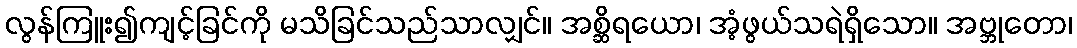
လွန်ကြူး၍ကျင့်ခြင်ကို မသိခြင်သည်သာလျှင်။ အစ္ဆိရယော၊ အံ့ဖွယ်သရဲရှိသော။ အဗ္ဘုတော၊